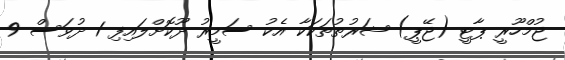
ޖުމްހޫރީ ޕާޓީ (ޖޭޕީ) ޝަރުތުތަކަކާ އެކު ސަމީރު ދޫކޮށްލައިފި 1 ދުވަސް 9